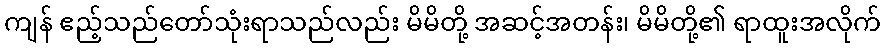
ကျန် ဧည့်သည်တော်သုံးရာသည်လည်း မိမိတို့ အဆင့်အတန်း၊ မိမိတို့၏ ရာထူးအလိုက်